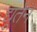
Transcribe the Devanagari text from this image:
द्यूतेन